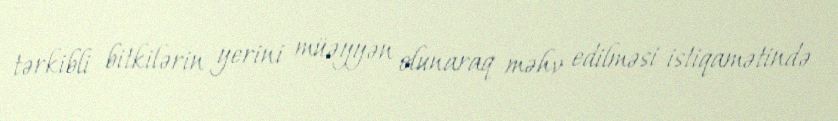
tərkibli bitkilərin yerini müəyyən olunaraq məhv edilməsi istiqamətində